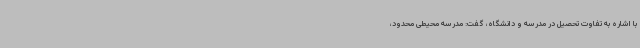
با اشاره به تفاوت تحصیل در مدرسه و دانشگاه، گفت: مدرسه محیطی محدود،